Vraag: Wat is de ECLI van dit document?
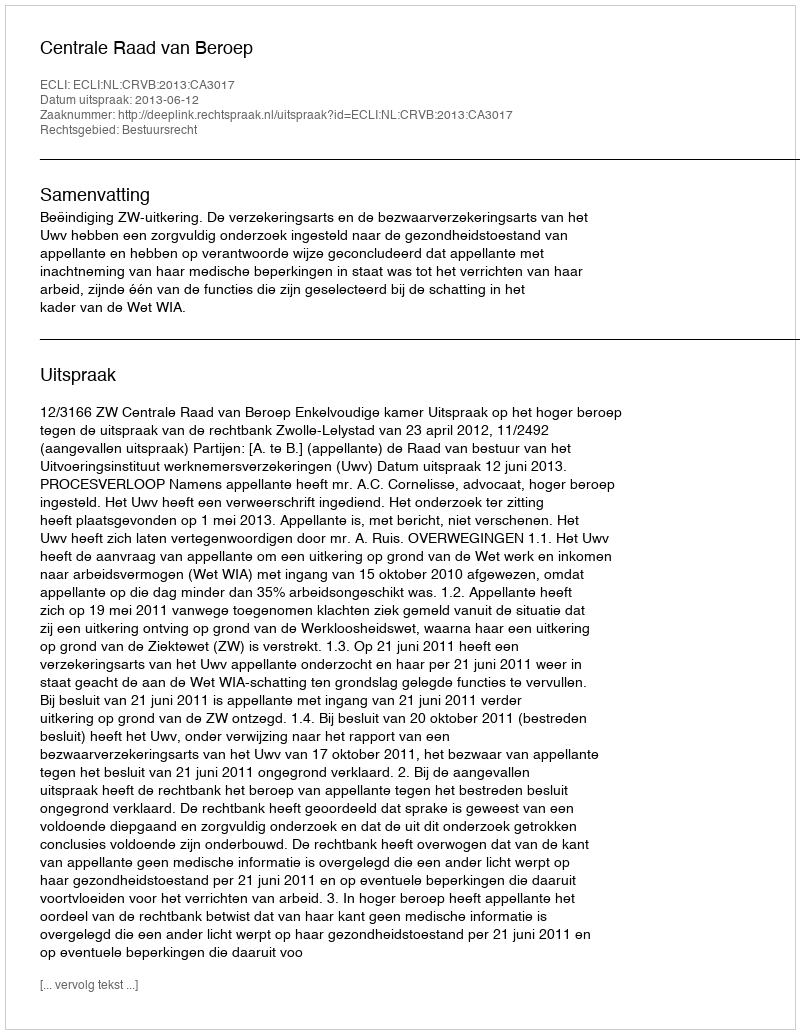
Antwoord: ECLI:NL:CRVB:2013:CA3017